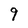
Character: 9